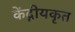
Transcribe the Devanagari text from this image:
केंद्गीयकृत